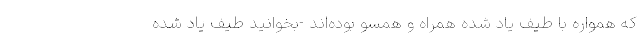
که همواره با طیف یاد شده همراه و همسو بوده‌اند -بخوانید طیف یاد شده